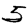
Digit: 5